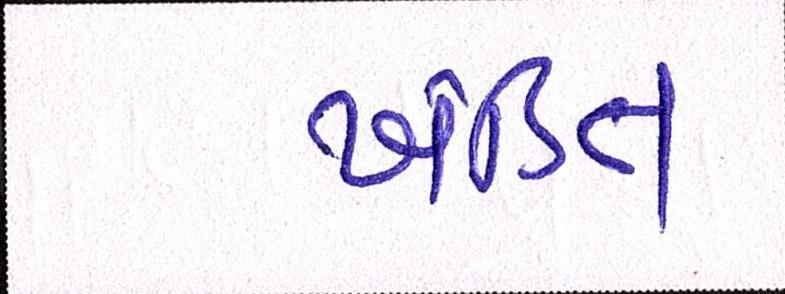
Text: ખંડિત